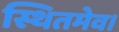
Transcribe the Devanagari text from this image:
स्थितमेव।